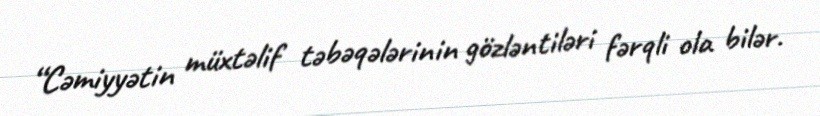
“Cəmiyyətin müxtəlif təbəqələrinin gözləntiləri fərqli ola bilər.